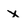
Character: x